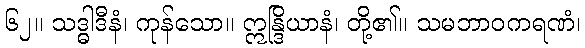
၆၂။ သဒ္ဓါဒီနံ၊ ကုန်သော။ ဣန္ဒြိယာနံ၊ တို့၏။ သမဘာဝကရဏံ၊